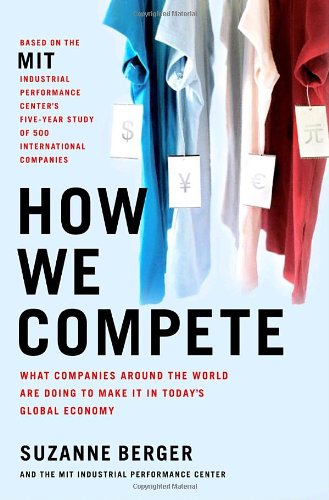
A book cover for How We Compete: What Companies Around the World Are Doing to Make it in Today's Global Economy; Suzanne Berger; Business & Money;